Annual administration report of the Civil Veterinary Department of India - 1905-1906
Year: 1905
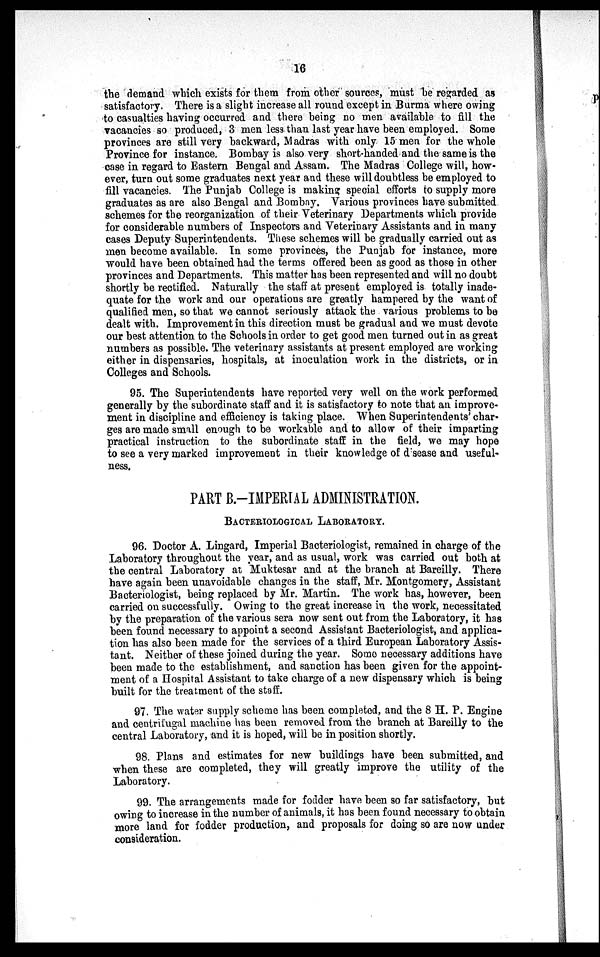
16
the demand which exists for them from other sources, must be regarded as
satisfactory. There is a slight increase all round except in Burma where owing
to casualties having occurred and there being no men available to fill the
vacancies so produced, 3 men less than last year have been employed. Some
provinces are still very backward, Madras with only 15 men for the whole
Province for instance. Bombay is also very short-handed and the same is the
case in regard to Eastern Bengal and Assam. The Madras College will, how-
ever, turn out some graduates next year and these will doubtless be employed to
fill vacancies. The Punjab College is making special efforts to supply more
graduates as are also Bengal and Bombay. Various provinces have submitted
schemes for the reorganization of their Veterinary Departments which provide
for considerable numbers of Inspectors and Veterinary Assistants and in many
cases Deputy Superintendents. These schemes will be gradually carried out as
men become available. In some provinces, the Punjab for instance, more
would have been obtained had the terms offered been as good as those in other
provinces and Departments. This matter has been represented and will no doubt
shortly be rectified. Naturally the staff at present employed is totally inade-
quate for the work and our operations are greatly hampered by the want of
qualified men, so that we cannot seriously attack the various problems to be
dealt with. Improvement in this direction must be gradual and we must devote
our best attention to the Schools in order to get good men turned out in as great
numbers as possible. The veterinary assistants at present employed are working
either in dispensaries, hospitals, at inoculation work in the districts, or in
Colleges and Schools.
95. The Superintendents have reported very well on the work performed
generally by the subordinate staff and it is satisfactory to note that an improve-
ment in discipline and efficiency is taking place. When Superintendents' char-
ges are made small enough to be workable and to allow of their imparting
practical instruction to the subordinate staff in the field, we may hope
to see a very marked improvement in their knowledge of disease and useful-
ness.
PART B.-IMPERIAL ADMINISTRATION.
BACTERIOLOGICAL LABORATORY.
96. Doctor A. Lingard, Imperial Bacteriologist, remained in charge of the
Laboratory throughout the year, and as usual, work was carried out both at
the central Laboratory at Muktesar and at the branch at Bareilly. There
have again been unavoidable changes in the staff, Mr. Montgomery, Assistant
Bacteriologist, being replaced by Mr. Martin. The work has, however, been
carried on successfully. Owing to the great increase in the work, necessitated
by the preparation of the various sera now sent out from the Laboratory, it has
been found necessary to appoint a second Assistant Bacteriologist, and applica-
tion has also been made for the services of a third European Laboratory Assis-
tant. Neither of these joined during the year. Some necessary additions have
been made to the establishment, and sanction has been given for the appoint-
ment of a Hospital Assistant to take charge of a new dispensary which is being
built for the treatment of the staff.
97. The water supply scheme has been completed, and the 8 H. P. Engine
and centrifugal machine has been removed from the branch at Bareilly to the
central Laboratory, and it is hoped, will be in position shortly.
98. Plans and estimates for new buildings have been submitted, and
when these are completed, they will greatly improve the utility of the
Laboratory.
99. The arrangements made for fodder have been so far satisfactory, but
owing to increase in the number of animals, it has been found necessary to obtain
more land for fodder production, and proposals for doing so are now under
consideration.